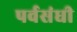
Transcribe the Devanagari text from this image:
पर्वसंधी